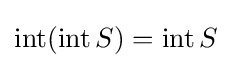
\operatorname {int} (\operatorname {int} S)=\operatorname {int} S